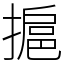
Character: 㨭